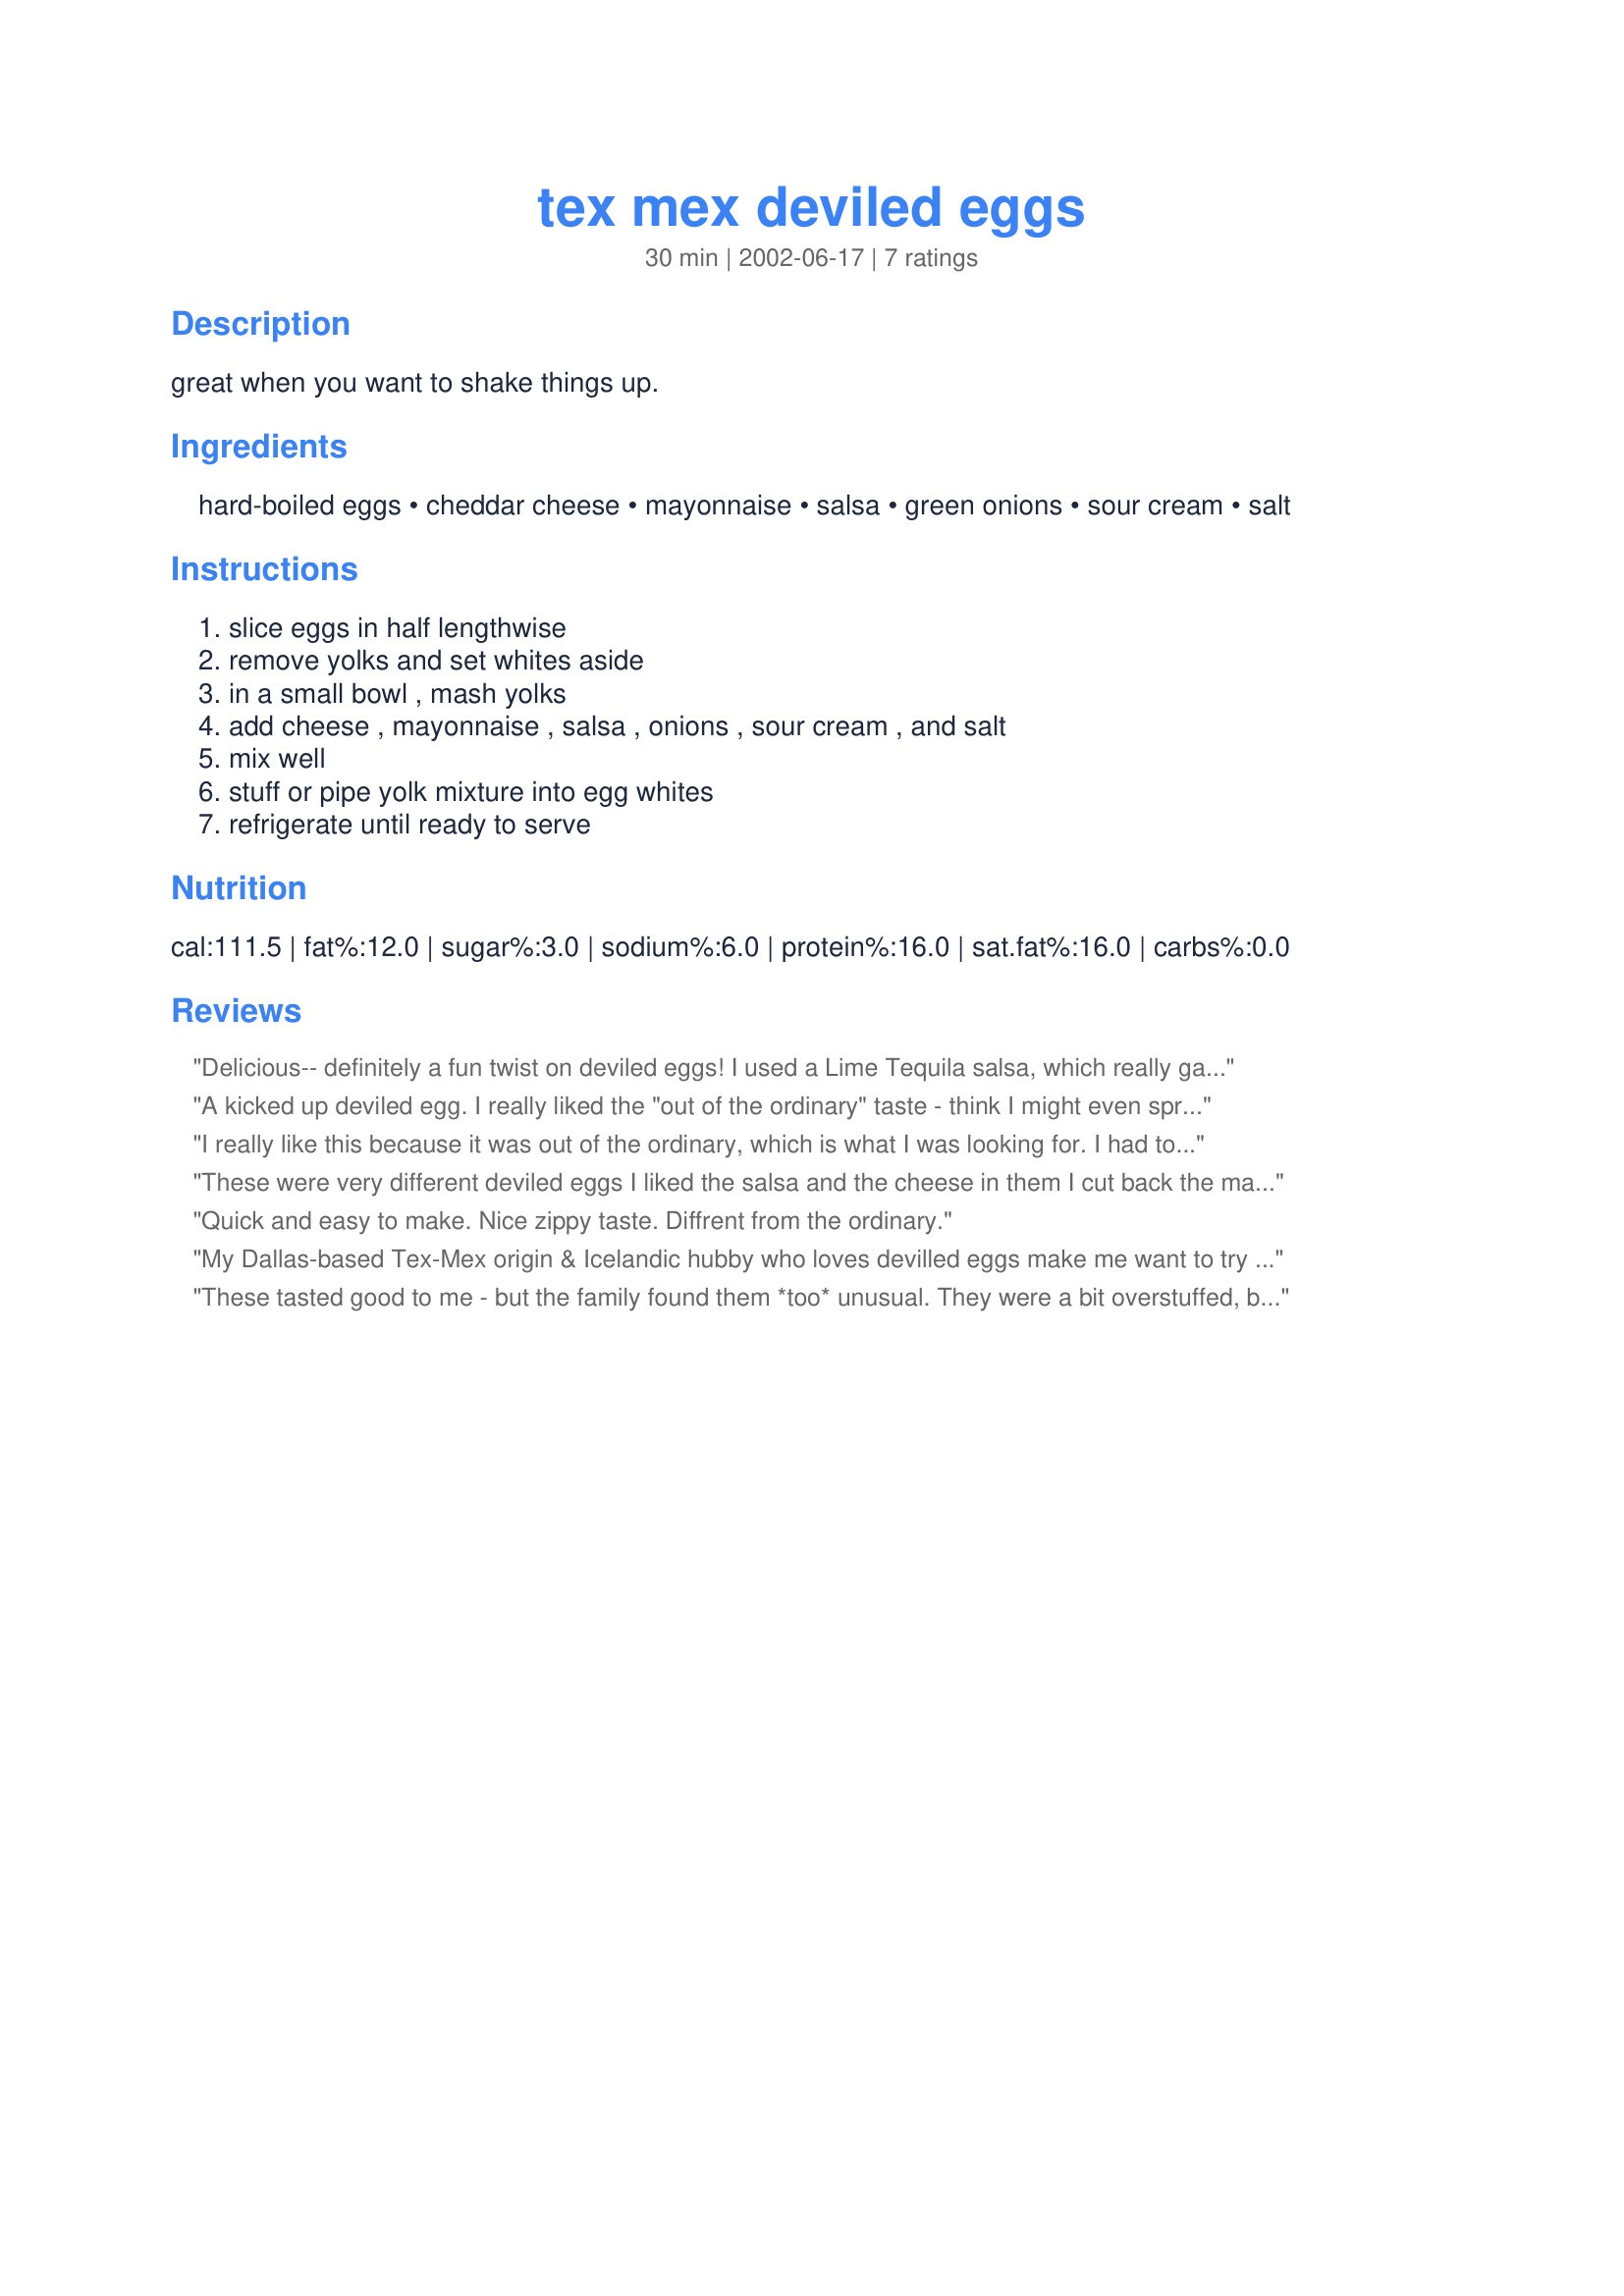
tex mex deviled eggs
Preparation time: 30 minutes

great when you want to shake things up.

Ingredients:
hard-boiled eggs, cheddar cheese, mayonnaise, salsa, green onions, sour cream, salt

Steps:
slice eggs in half lengthwise, remove yolks and set whites aside, in a small bowl , mash yolks, add cheese , mayonnaise , salsa , onions , sour cream , and salt, mix well, stuff or pipe yolk mixture into egg whites, refrigerate until ready to serve

Reviews:
Delicious-- definitely a fun twist on deviled eggs! I used a Lime Tequila salsa, which really gave it an extra kick. I started with smaller quantities of the mayo, salsa, and sour cream, and gradually worked my way to the desired consistency, which worked out really well. I ended up with the same amount of salsa and a little less on the mayo and sour cream. Thanks for a great recipe!
A kicked up deviled egg. I really liked the "out of the ordinary" taste - think I might even sprinkle a bit of cayenne or chili pepper on top... try different flavors/levels of heat of salsa for more taste sensations!!!
I really like this because it was out of the ordinary, which is what I was looking for. I had to improvise on the salsa. All I had on hand was some Taco Bell hot sauce packets, which worked great. I also sprickled a little cumin on top for presentation & extra kick.
These were very different deviled eggs I liked the salsa and the cheese in them I cut back the mayo, just enough to make them the consistency that we like. I think next time I would like to add some cumin or hot sauce just to give it more of a kick. Thanks for sharing this recipe, Made for the TexMex challenge in the cooking photo forum.
Quick and easy to make. Nice zippy taste. Diffrent from the ordinary.
My Dallas-based Tex-Mex origin & Icelandic hubby who loves devilled eggs make me want to try these soon. I'm not surprised that reviews found them soupy & overstuffed with all the added bulk & liquid, so plan to use 12 eggs, halve the mayo & salsa + use 1 tsp chives vs green onions & 1 tsp lime juice for added color & flavor. Just thinking about the outcome makes me drool w/anticipation. Thx for posting this neat idea!
These tasted good to me - but the family found them *too* unusual. They were a bit overstuffed, but I didn't measure my cheese, so I might have had too much. Also, as a low-carber, I made these ahead to have for breakfast throughout the week - I wouldn't recommend that use of the recipe, because they got quite runny. Better to serve immediately.
